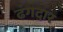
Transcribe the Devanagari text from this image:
ढंगदार